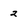
Character: 2